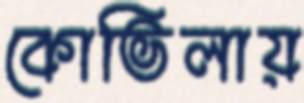
কোভিলায়